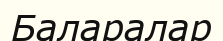
Баларалар